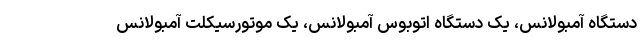
دستگاه آمبولانس، یک دستگاه اتوبوس آمبولانس، یک موتورسیکلت آمبولانس